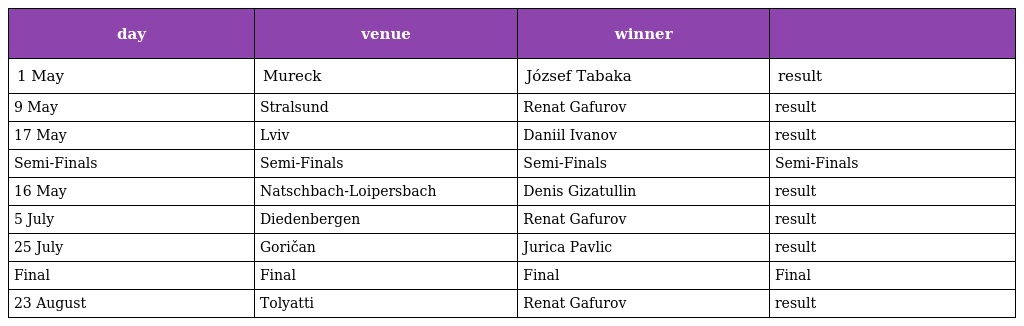
| day | venue | winner |  |
 | --- | --- | --- | --- |
 | 1 May | Mureck | József Tabaka | result |
 | 9 May | Stralsund | Renat Gafurov | result |
 | 17 May | Lviv | Daniil Ivanov | result |
 | Semi-Finals | Semi-Finals | Semi-Finals | Semi-Finals |
 | 16 May | Natschbach-Loipersbach | Denis Gizatullin | result |
 | 5 July | Diedenbergen | Renat Gafurov | result |
 | 25 July | Goričan | Jurica Pavlic | result |
 | Final | Final | Final | Final |
 | 23 August | Tolyatti | Renat Gafurov | result |